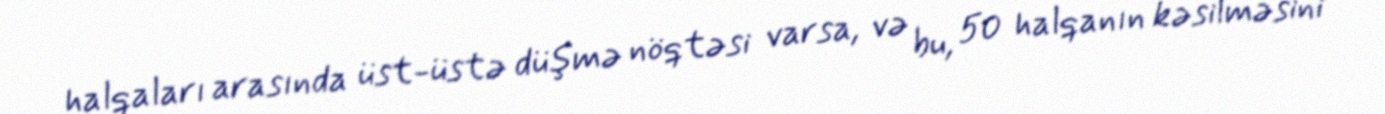
halqaları arasında üst-üstə düşmə nöqtəsi varsa, və bu, 50 halqanın kəsilməsini